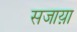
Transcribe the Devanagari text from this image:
सजाय़ा